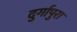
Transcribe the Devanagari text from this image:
दुर्गापुरा